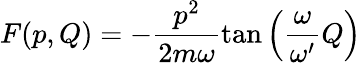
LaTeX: F(p,Q)=-\frac{p^{2}}{2m\omega}\tan\left(\frac{\omega}{\omega^{\prime}}Q\right)